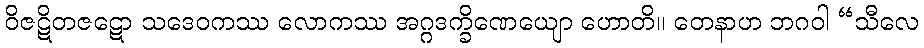
ဝိဇဋိတဇဋော သဒေဝကဿ လောကဿ အဂ္ဂဒက္ခိဏေယျော ဟောတိ။ တေနာဟ ဘဂဝါ “သီလေ